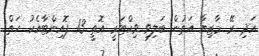
އަދި ރޭ މާޒިޔާ އަތުން ބަލިވި ވިކްޓަރީ އޮތީ 13 ޕޮއިންޓާއެކު ހަތް